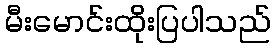
မီးမောင်းထိုးပြပါသည်